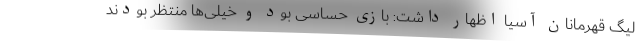
لیگ قهرمانان آسیا اظهار داشت: بازی حساسی بود و خیلی‌ها منتظر بودند